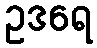
ဥဒရေ